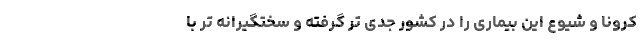
کرونا و شیوع این بیماری را در کشور جدی تر گرفته و سختگیرانه تر با